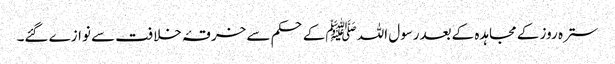
سترہ روز کے مجاہدہ کےبعدرسول اللہ ﷺکےحکم سے خرقۂ خلافت سے نوازے گئے۔